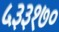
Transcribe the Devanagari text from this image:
५३३१७०